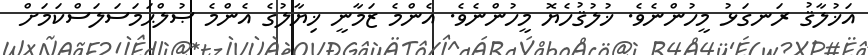
އަޚުލާޤު ރަނގަޅު މީހުންނެވެ. ޚުލުޤުހެޔޮ މީހުންނެވެ. އެންމެ ޒަމާނީ ޚިޔާލުގެ އެންމެ ޞުލްޙަމަސަލަސްކަމަށް